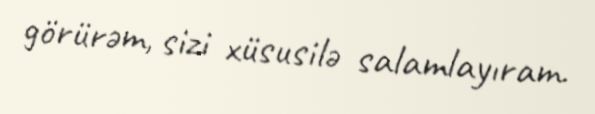
görürəm, sizi xüsusilə salamlayıram.